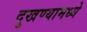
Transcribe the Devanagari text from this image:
दुखण्यामध्ये